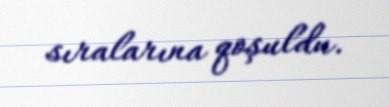
sıralarına qoşuldu.